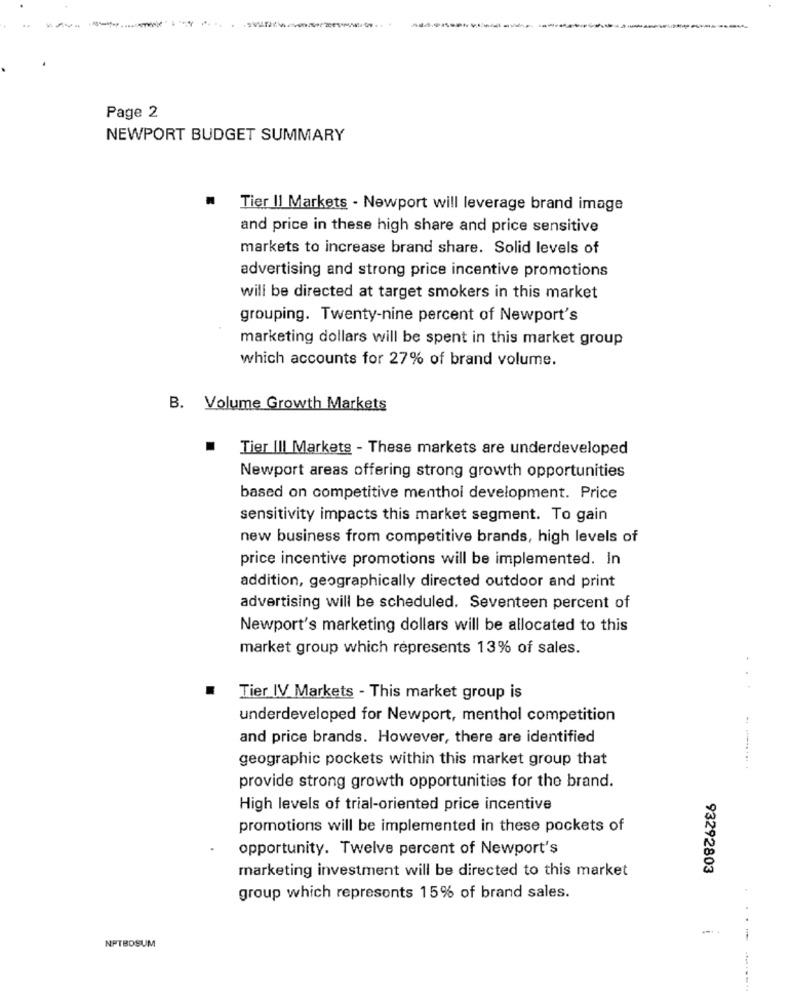
Page 2
NEWPORT BUDGET SUMMARY
Tier Il Markets - Newport will leverage brand image
and price in these high share and price sensitive
markets to increase brand share. Solid levels of
advertising and strong price incentive promotions
will be directed at target smokers in this market
grouping. Twenty-nine percent of Newport's
marketing dollars will be spent in this market group
which accounts for 27% of brand volume.
B. Volume Growth Markets
.
Tier III Markets - These markets are underdeveloped
Newport areas offering strong growth opportunities
based on competitive menthol development. Price
sensitivity impacts this market segment. To gain
new business from competitive brands, high levels of
price incentive promotions will be implemented. In
addition, geographically directed outdoor and print
advertising will be scheduled. Seventeen percent of
Newport's marketing dollars will be allocated to this
market group which represents 13% of sales.
Tier IV Markets - This market group is
underdeveloped for Newport, menthol competition
and price brands. However, there are identified
geographic pockets within this market group that
provide strong growth opportunities for the brand.
High levels of trial-oriented price incentive
promotions will be implemented in these pockets of
opportunity. Twelve percent of Newport's
marketing investment will be directed to this market
93292803
group which represents 15% of brand sales.
-
NPTBDSUM
---